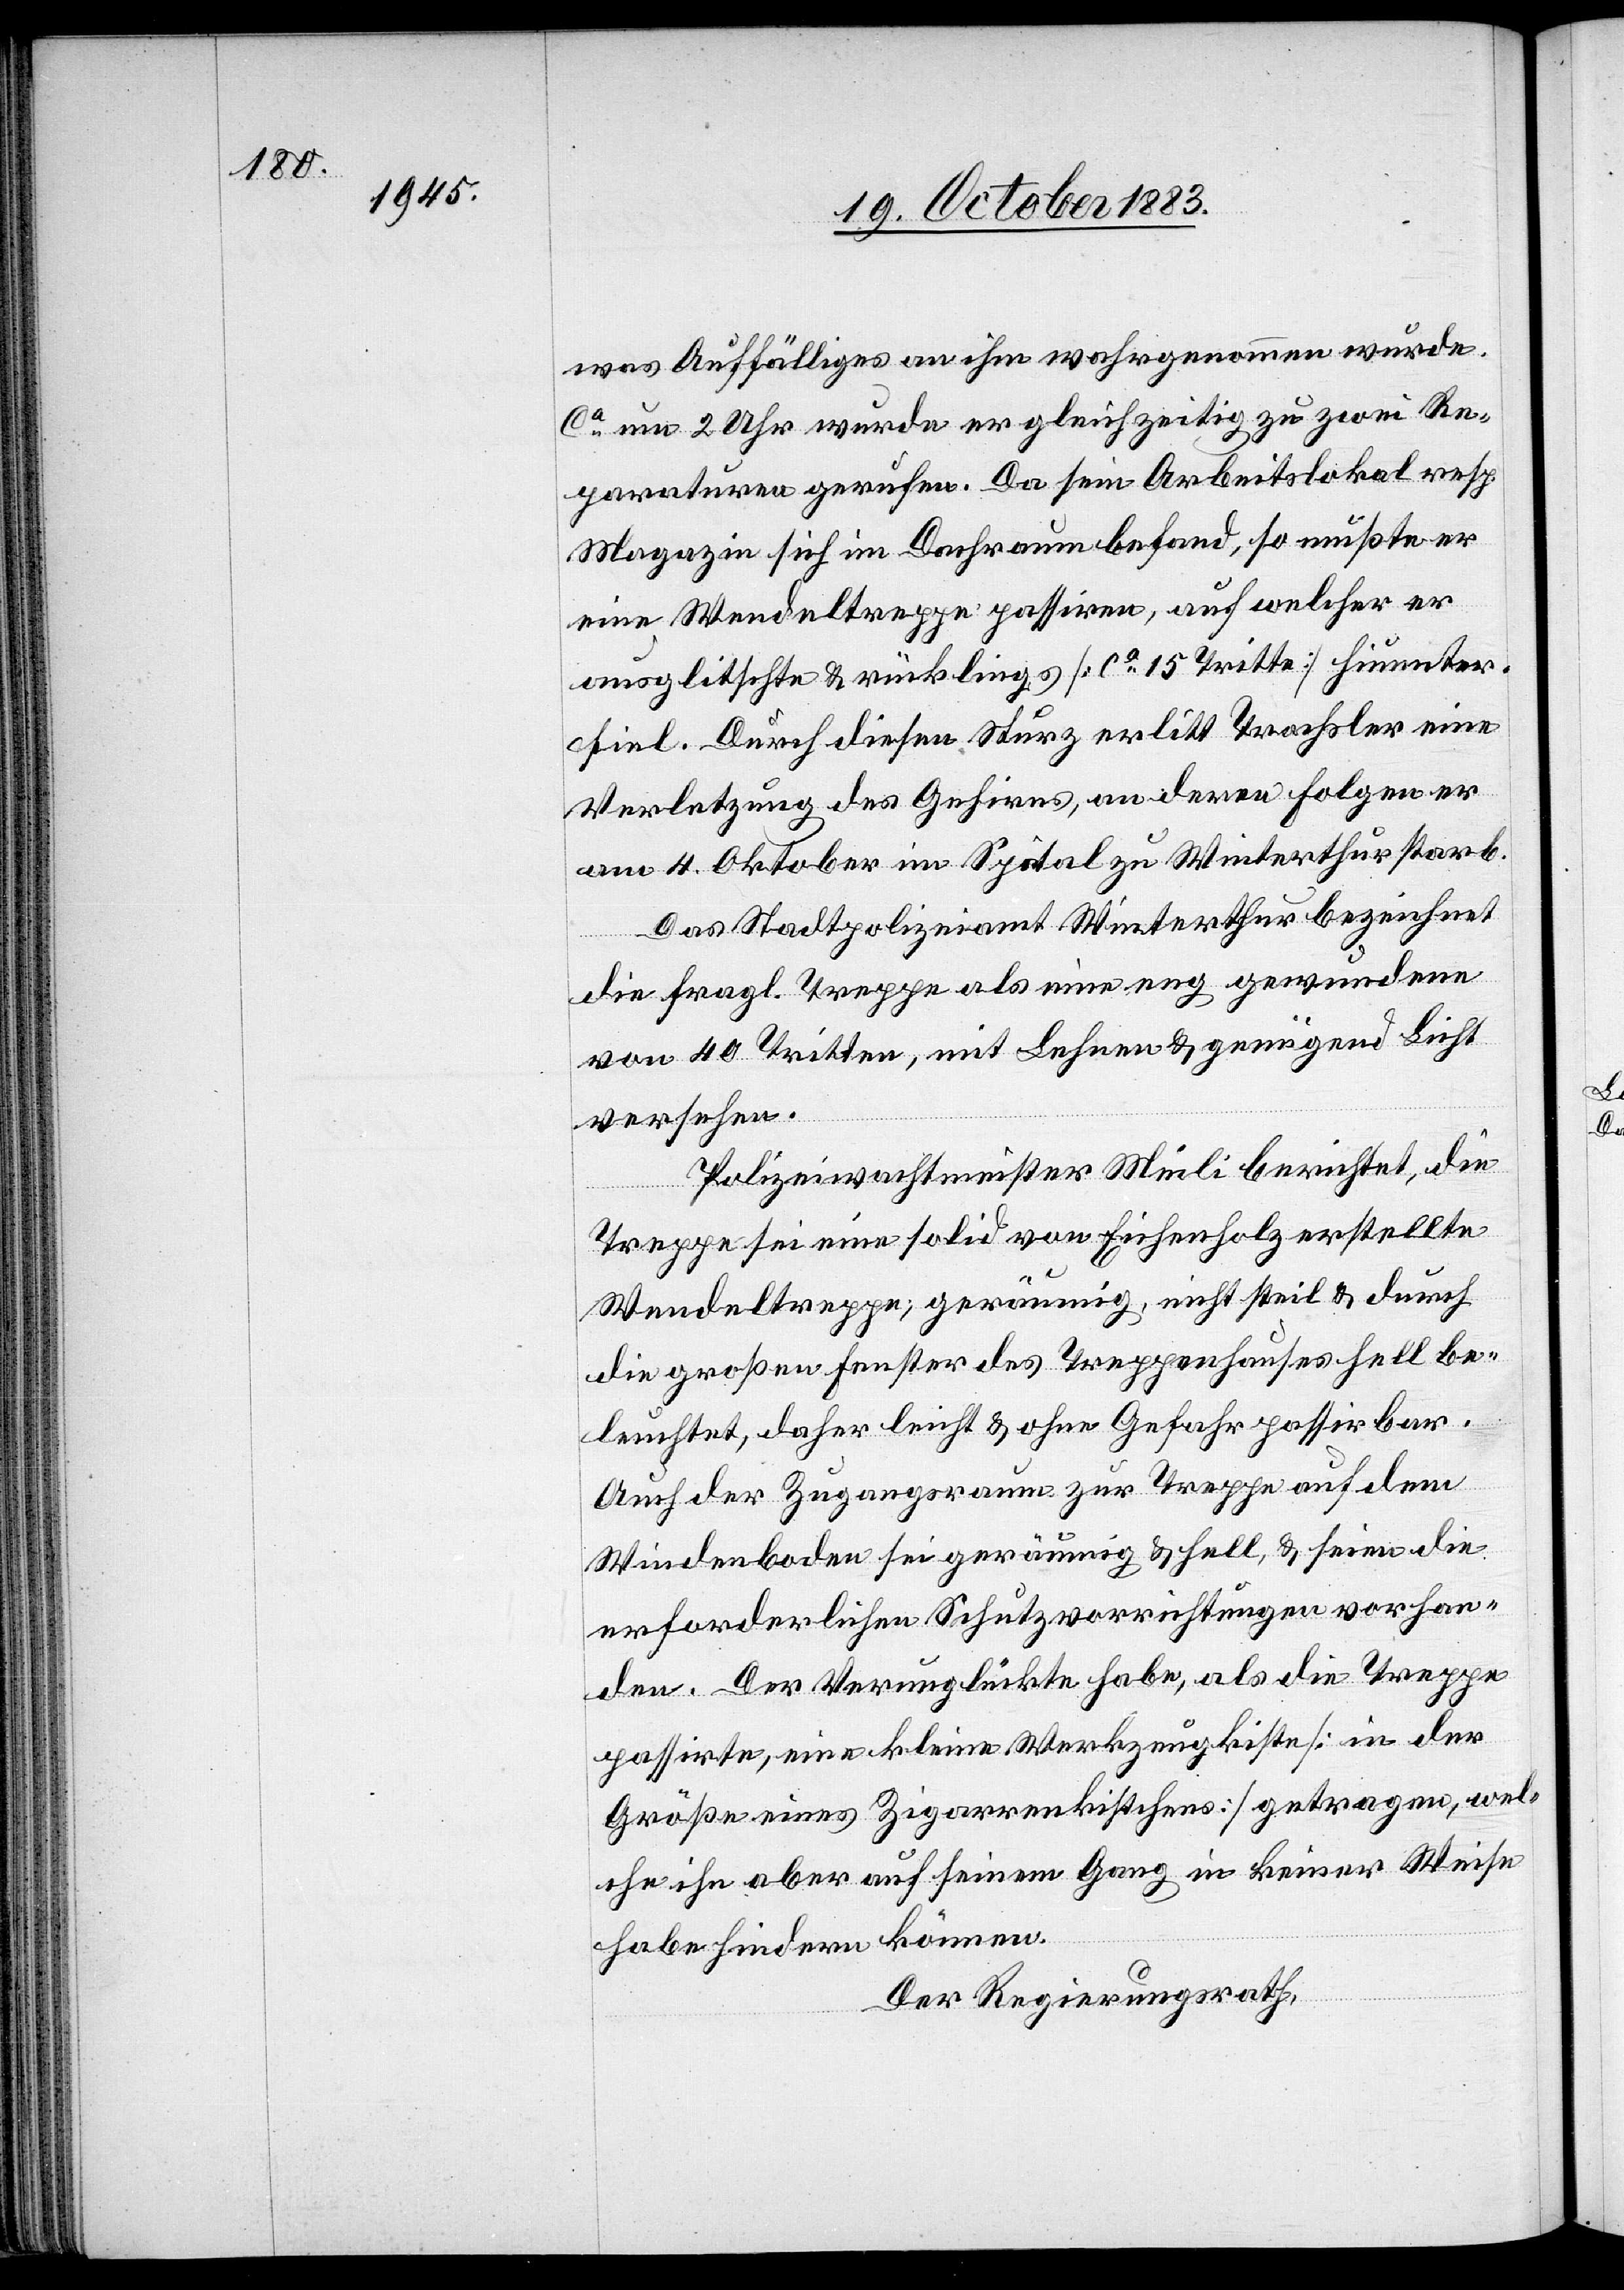
was Auffälliges an ihm wahrgenommen wurde.
Ca um 2 Uhr wurde er gleichzeitig zu zwei Re¬
paraturen gerufen. Da sein Arbeitslokal resp.
Magazin sich im Dachraum befand, so mußte er
eine Wendeltreppe passiren, auf welcher er
ausglitschte & rücklings [ca 15 Tritte] hinunter¬
fiel. Durch diesen Sturz erlitt Trachsler eine
Verletzung des Gehirns, an deren Folgen er
am 4. Oktober im Spital zu Winterthur starb.
Das Stadtpolizeiamt Winterthur bezeichnet
die fragl. Treppe als eine eng gewundene
von 40 Tritten, mit Lehnen & genügend Licht
versehen.
Polizeiwachtmeister Meili berichtet, die
Treppe sei eine solid von Eichenholz erstellte
Wendeltreppe, geräumig, nicht steil & durch
die großen Fenster des Treppenhauses hell be¬
leuchtet, daher leicht & ohne Gefahr passirbar.
Auch der Zugangsraum zur Treppe auf dem
Windenboden sei geräumig & hell, & seien die
erforderlichen Schutzvorrichtungen vorhan¬
den. Der Verunglückte habe, als [er] die Treppe
passirte, eine kleine Werkzeugkiste [in der
Größe eines Zigarrenkistchens] getragen, wel¬
che ihn aber auf seinem Gang in keiner Weise
habe hindern können.
Der Regierungsrath,